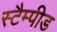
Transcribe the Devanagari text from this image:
स्टैम्पीड